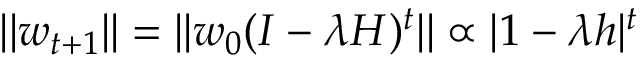
| | w _ { t + 1 } | | = | | w _ { 0 } ( I - \lambda H ) ^ { t } | | \propto | 1 - \lambda h | ^ { t }